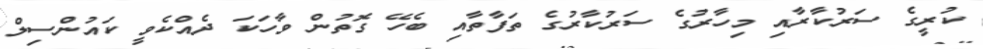
ކުރީގެ ސަރުކާރާއި މިހާރުގެ ސަރުކާރުގެ ތަފާތާއި ބެހޭ ގޮތުން ވާހަކަ ދެއްކެވީ ކައުންސިލް